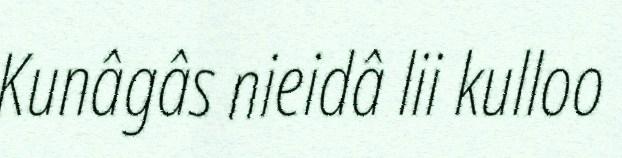
Kunâgâs nieidâ lii kulloo